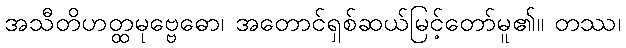
အသီတိဟတ္ထမုဗ္ဗေဓော၊ အတောင်ရှစ်ဆယ်မြင့်တော်မူ၏။ တဿ၊